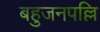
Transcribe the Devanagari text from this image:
बहुजनपल्लि